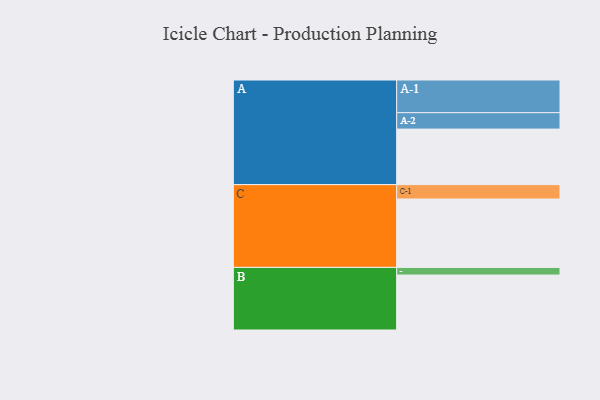
{"axis": {"x": "Segment", "y": "Value"}, "legend": ["", "A", "B", "C"], "data": [{"x": "A", "y": 386, "type": ""}, {"x": "B", "y": 382, "type": ""}, {"x": "C", "y": 475, "type": ""}, {"x": "A-1", "y": 227, "type": "A"}, {"x": "A-2", "y": 114, "type": "A"}, {"x": "B-1", "y": 53, "type": "B"}, {"x": "C-1", "y": 100, "type": "C"}]}